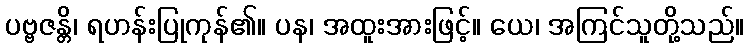
ပဗ္ဗဇန္တိ၊ ရဟန်းပြုကုန်၏။ ပန၊ အထူးအားဖြင့်။ ယေ၊ အကြင်သူတို့သည်။